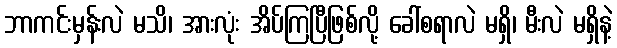
ဘာကင်းမှန်းလဲ မသိ၊ အားလုံး အိပ်ကြပြီဖြစ်လို့ ခေါ်စရာလဲ မရှိ၊ မီးလဲ မရှိနဲ့